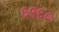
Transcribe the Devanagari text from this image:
६९६०